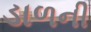
ડાળની